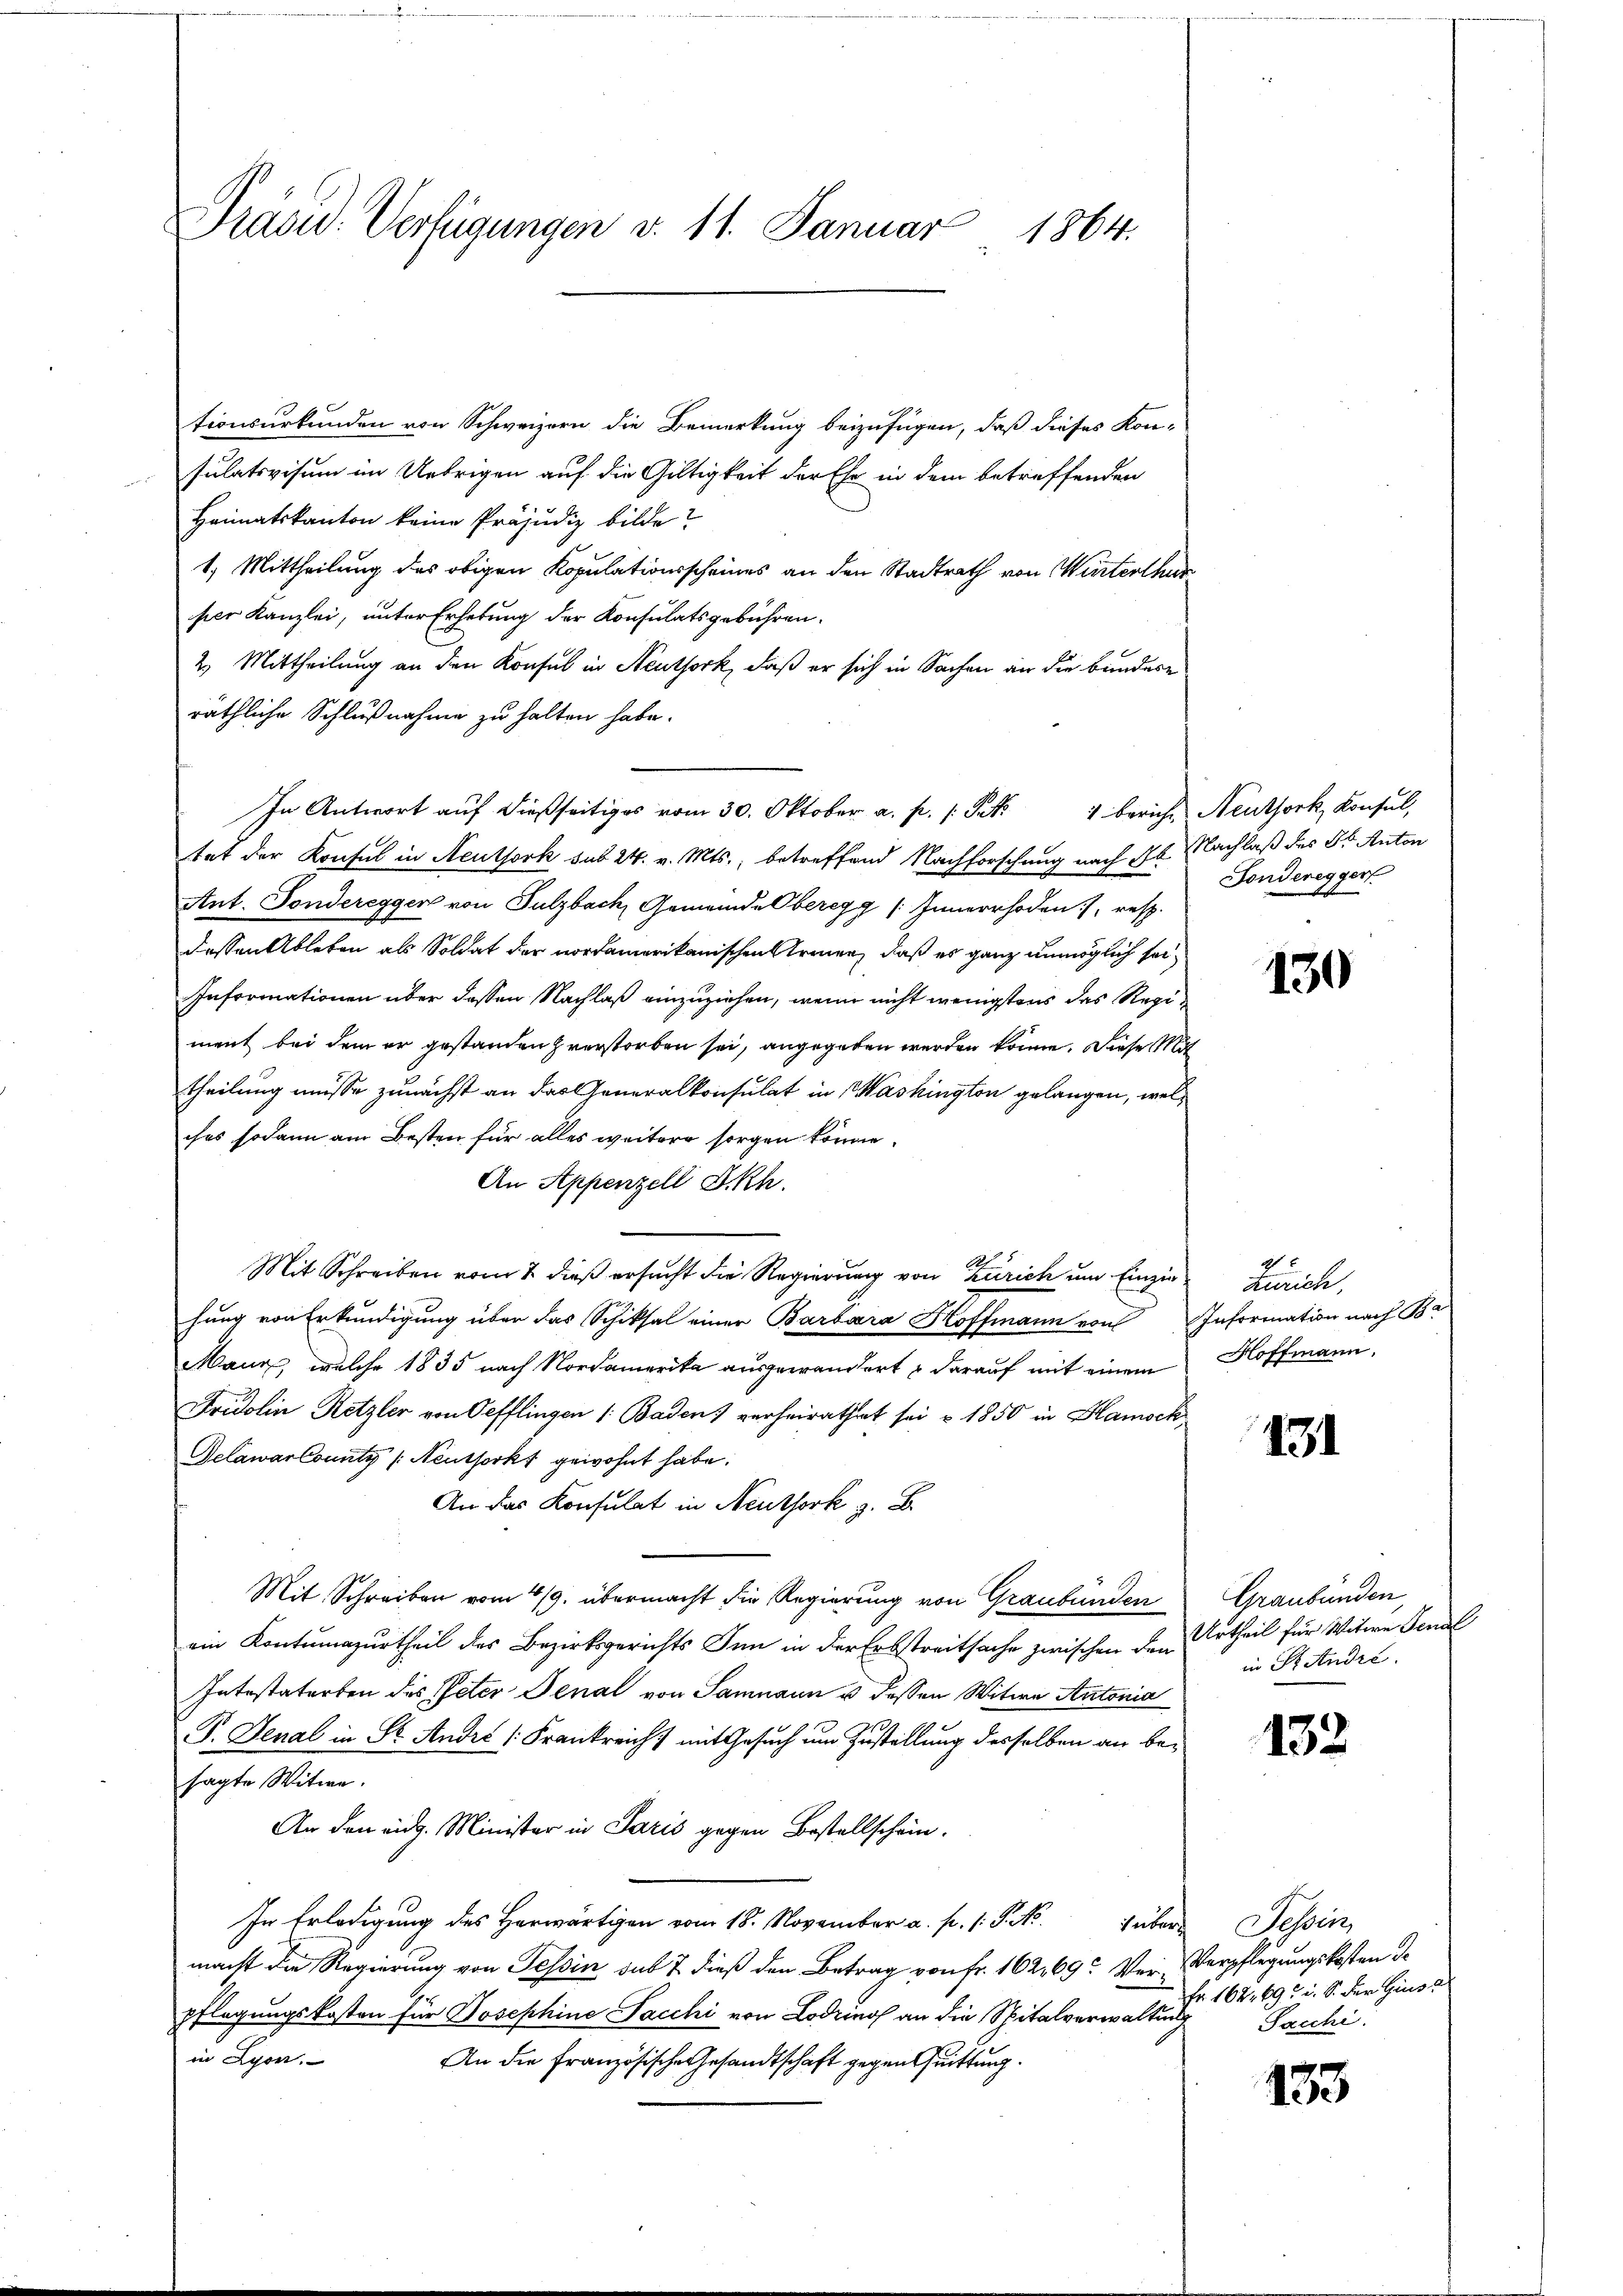
Präsid. Verfügungen d. 11. Januar 1864.

tionsurkunden von Schweizern die Bemerkung beizufügen, daß dieses Kon-
sulativisum im Uebrigen auf die Gültigkeit der Ehe in dem betreffenden
Heimatskanton keine Präjudiz bilde?
1.) Mittheilung des obigen Kopulationsscheines an den Stadtrath von Winterthur
per Kanzlei, unter Erhebung der Konsulatsgebühren.
2. Mittheilung an den Konsul in Neuthork, daß er sich in Sachen an die bundere
räthliche Schlußnahme zu halten habe.
.
tat der Konsul in Neuthork sub 24. v. Mts., betreffend Nachforschung nach Ab
Ant. Fonderegger von Sulzbach, Gemeinde Oberegg (Innerrhoden, resp.
dessen Ableben als Soldat der nordamerikanischen Kronen, daß es ganz unmöglich sei¬
Informationen über dessen Nachlaß einzuziehen, wenn nicht wenigstens das Regiment bei dem er gestanden verstorben sei, angegeben werden könne. Diese Mit
theilung müsse zunächst an das Generalkonsulat in Washington gelangen, welches sodann am Besten für alles weitere sorgen könne.
An Appenzell I.Rh.
Rh
Mit Schreiben vom 2. dieß ersucht die Regierung von Zürich um Einzin-Zürich,
hung von Erkundigung über das Schiksal einer Barbara Hoffmann von Information nach Br
Mann, welche 1835 nach Nordamerika ausgewandert & darauf mit einem Hoffmann,
Fridolin Retzler von Oefflingen 1. Baden) verheirathet sei u. 1850 in Blamock
Delawarlounty (Neuthorks gewohnt habe.
An das Konsulat in Neuthork z. B.
Mit Schreiben vom 4/9. übermacht die Regierung von Graubünden Graubünden,
ein Kontumazurtheil des Bezirksgerichts Inn in der Erbstreitsache zwischen den
Intestaterben des Peter Senat von Samnaun u dessen Witwe Antonia
G. Jenal in St. Andre (Frankreicht mit Gesuch um Zustellung desselben an besagte Witwe.
An den eidg. Minister in Paris gegen Bestellschein.
In Erledigung des Herwärtigen vom 18. November a. p. 1. P. Nr. über Tessin,
macht die Regierung von Tessin das 7 dieß den Betrag von Fr. 162, 69. Ver- Verpflegungskosten de
pflegungskosten für Josephine Sacchi von Lodrinos an die Spitalverwaltung
in Lyon.
An die Französische Gesandtschaft gegen Quittung.

Nachlaß des Dr. Anton
Fonderegger

130

131

Urtheil für Witwe Jenal
in St. Andre

132

Fr. 162. 693 u. S. der Hins
Sacchi.

153